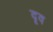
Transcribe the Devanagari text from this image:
दृव